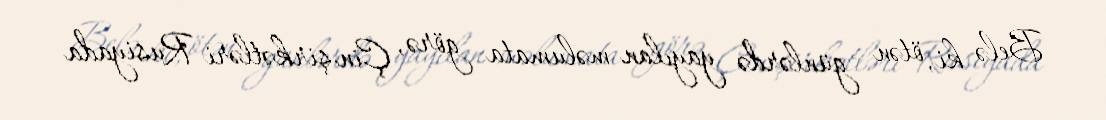
Belə ki, ötən günlərdə yayılan məlumata görə, Çin şirkətləri Rusiyada